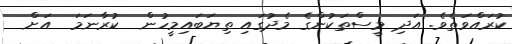
ކުރައްވަތެވެ. އަދި މީސްތަކުންގެ މެދުގައި ތިޔަބައިމީހުން  ކުރާނަމަ  އަށް